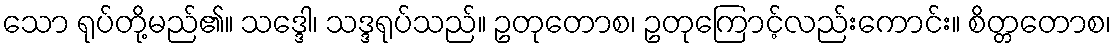
သော ရုပ်တို့မည်၏။ သဒ္ဒေါ၊ သဒ္ဒရုပ်သည်။ ဥတုတောစ၊ ဥတုကြောင့်လည်းကောင်း။ စိတ္တတောစ၊